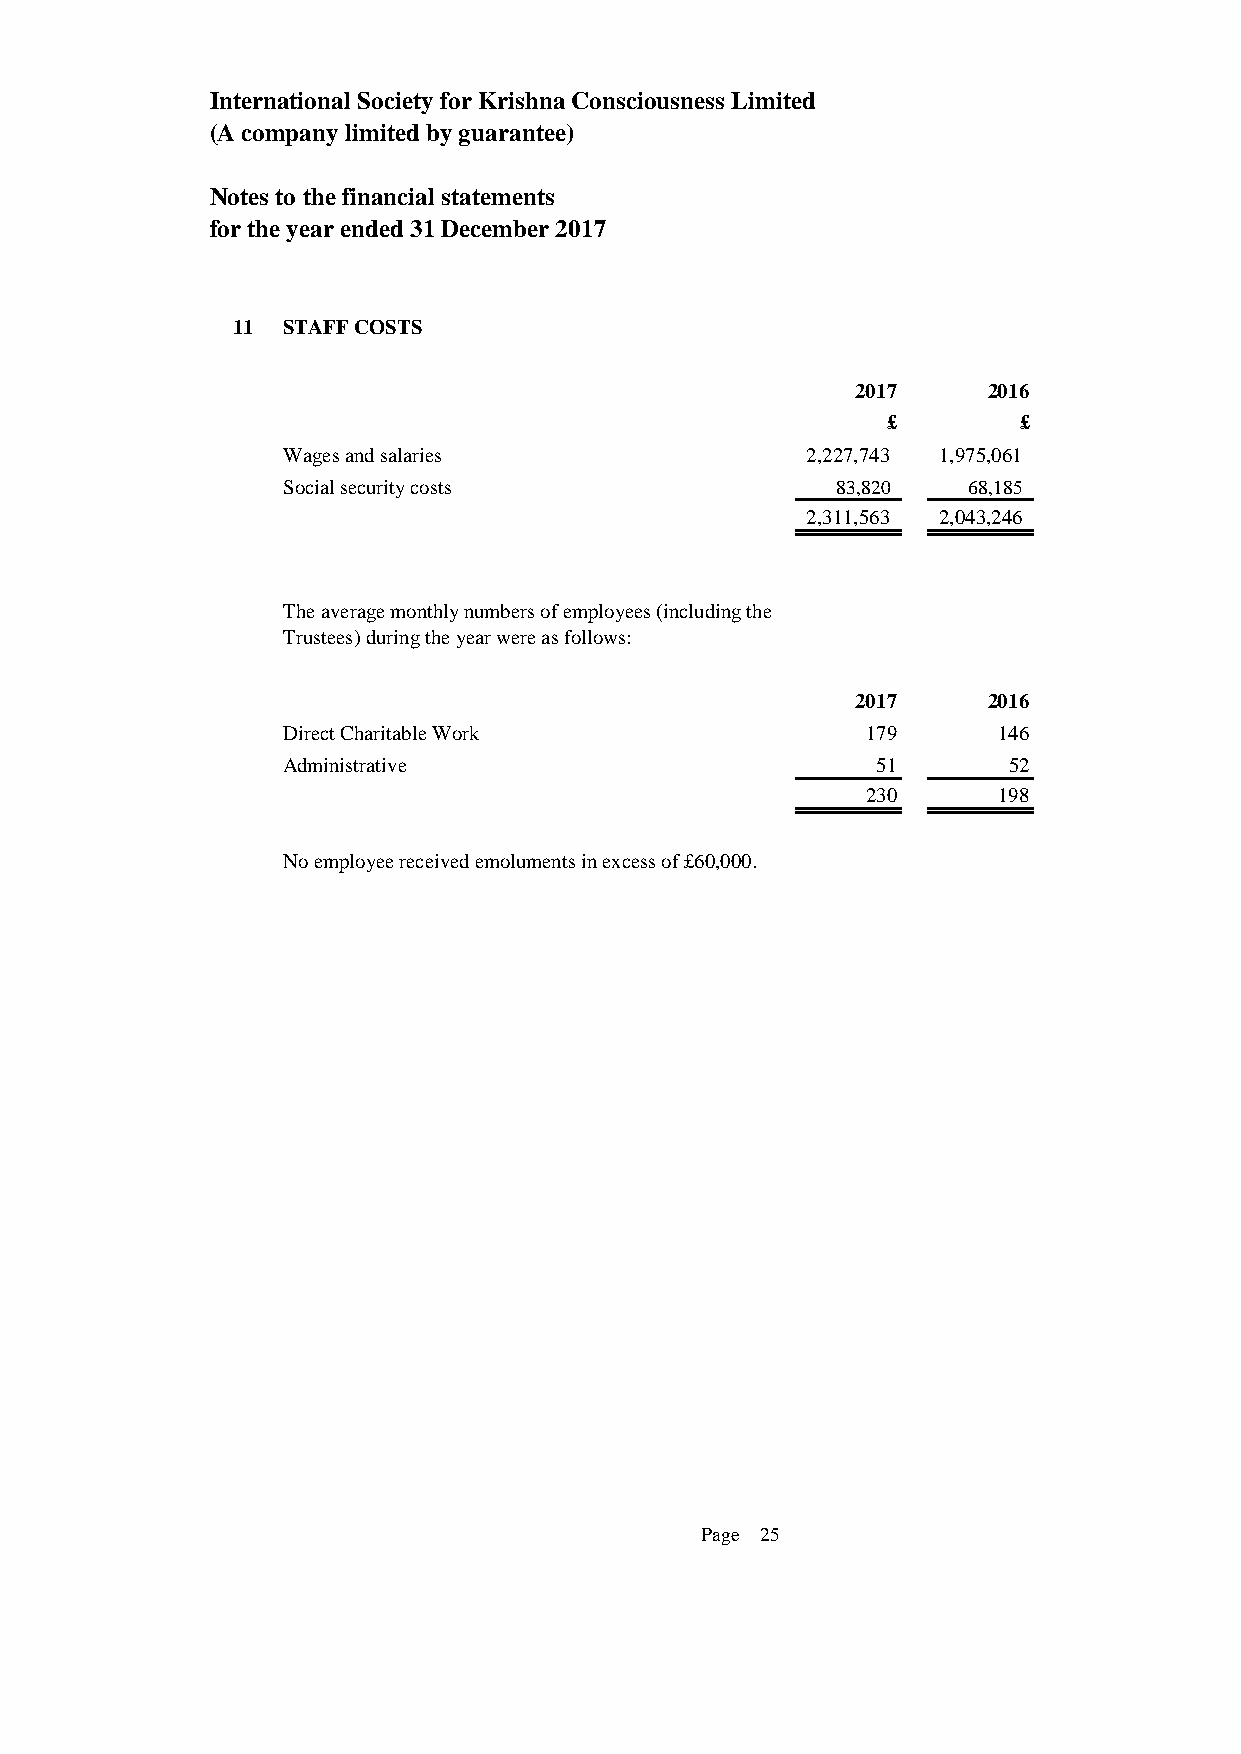
International Society for Krishna Consciousness Limited
 (A company limited by guarantee)
 Notes to the financial statements
 for the year ended 31 December 2017
 11  STAFF COSTS
 2017    2016
 £       £
 Wages and salaries                2 ,227,743 1 ,975,061
 Social security costs               83,820   68,185
 2 ,311,563 2 ,043,246
 The average monthly numbers of employees (including the
 Trustees) during the year were as follows:
 2017    2016
 Direct Charitable Work                179      146
 Administrative                         51       52
 230      198
 No employee received emoluments in excess of £60,000.
 Page 25